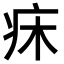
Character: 𤴷